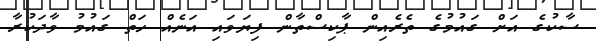
ސާކުގެ އަށް ގައުމުގެ ތެރެއިން ޕާކިސްތާން ފިޔަވައި އަނެއް ހަތް ގައުމު ވާދަކުރާ